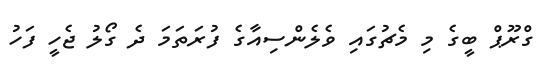
ގްރޫޕް ބީގެ މި މެޗުގައި ވެލެންސިއާގެ ފުރަތަމަ ދެ ގޯލު ޖެހީ ފަހު